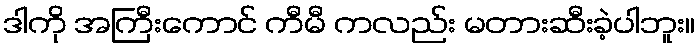
ဒါကို အကြီးကောင် ကီမီ ကလည်း မတားဆီးခဲ့ပါဘူး။